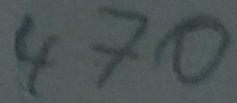
Text: 470